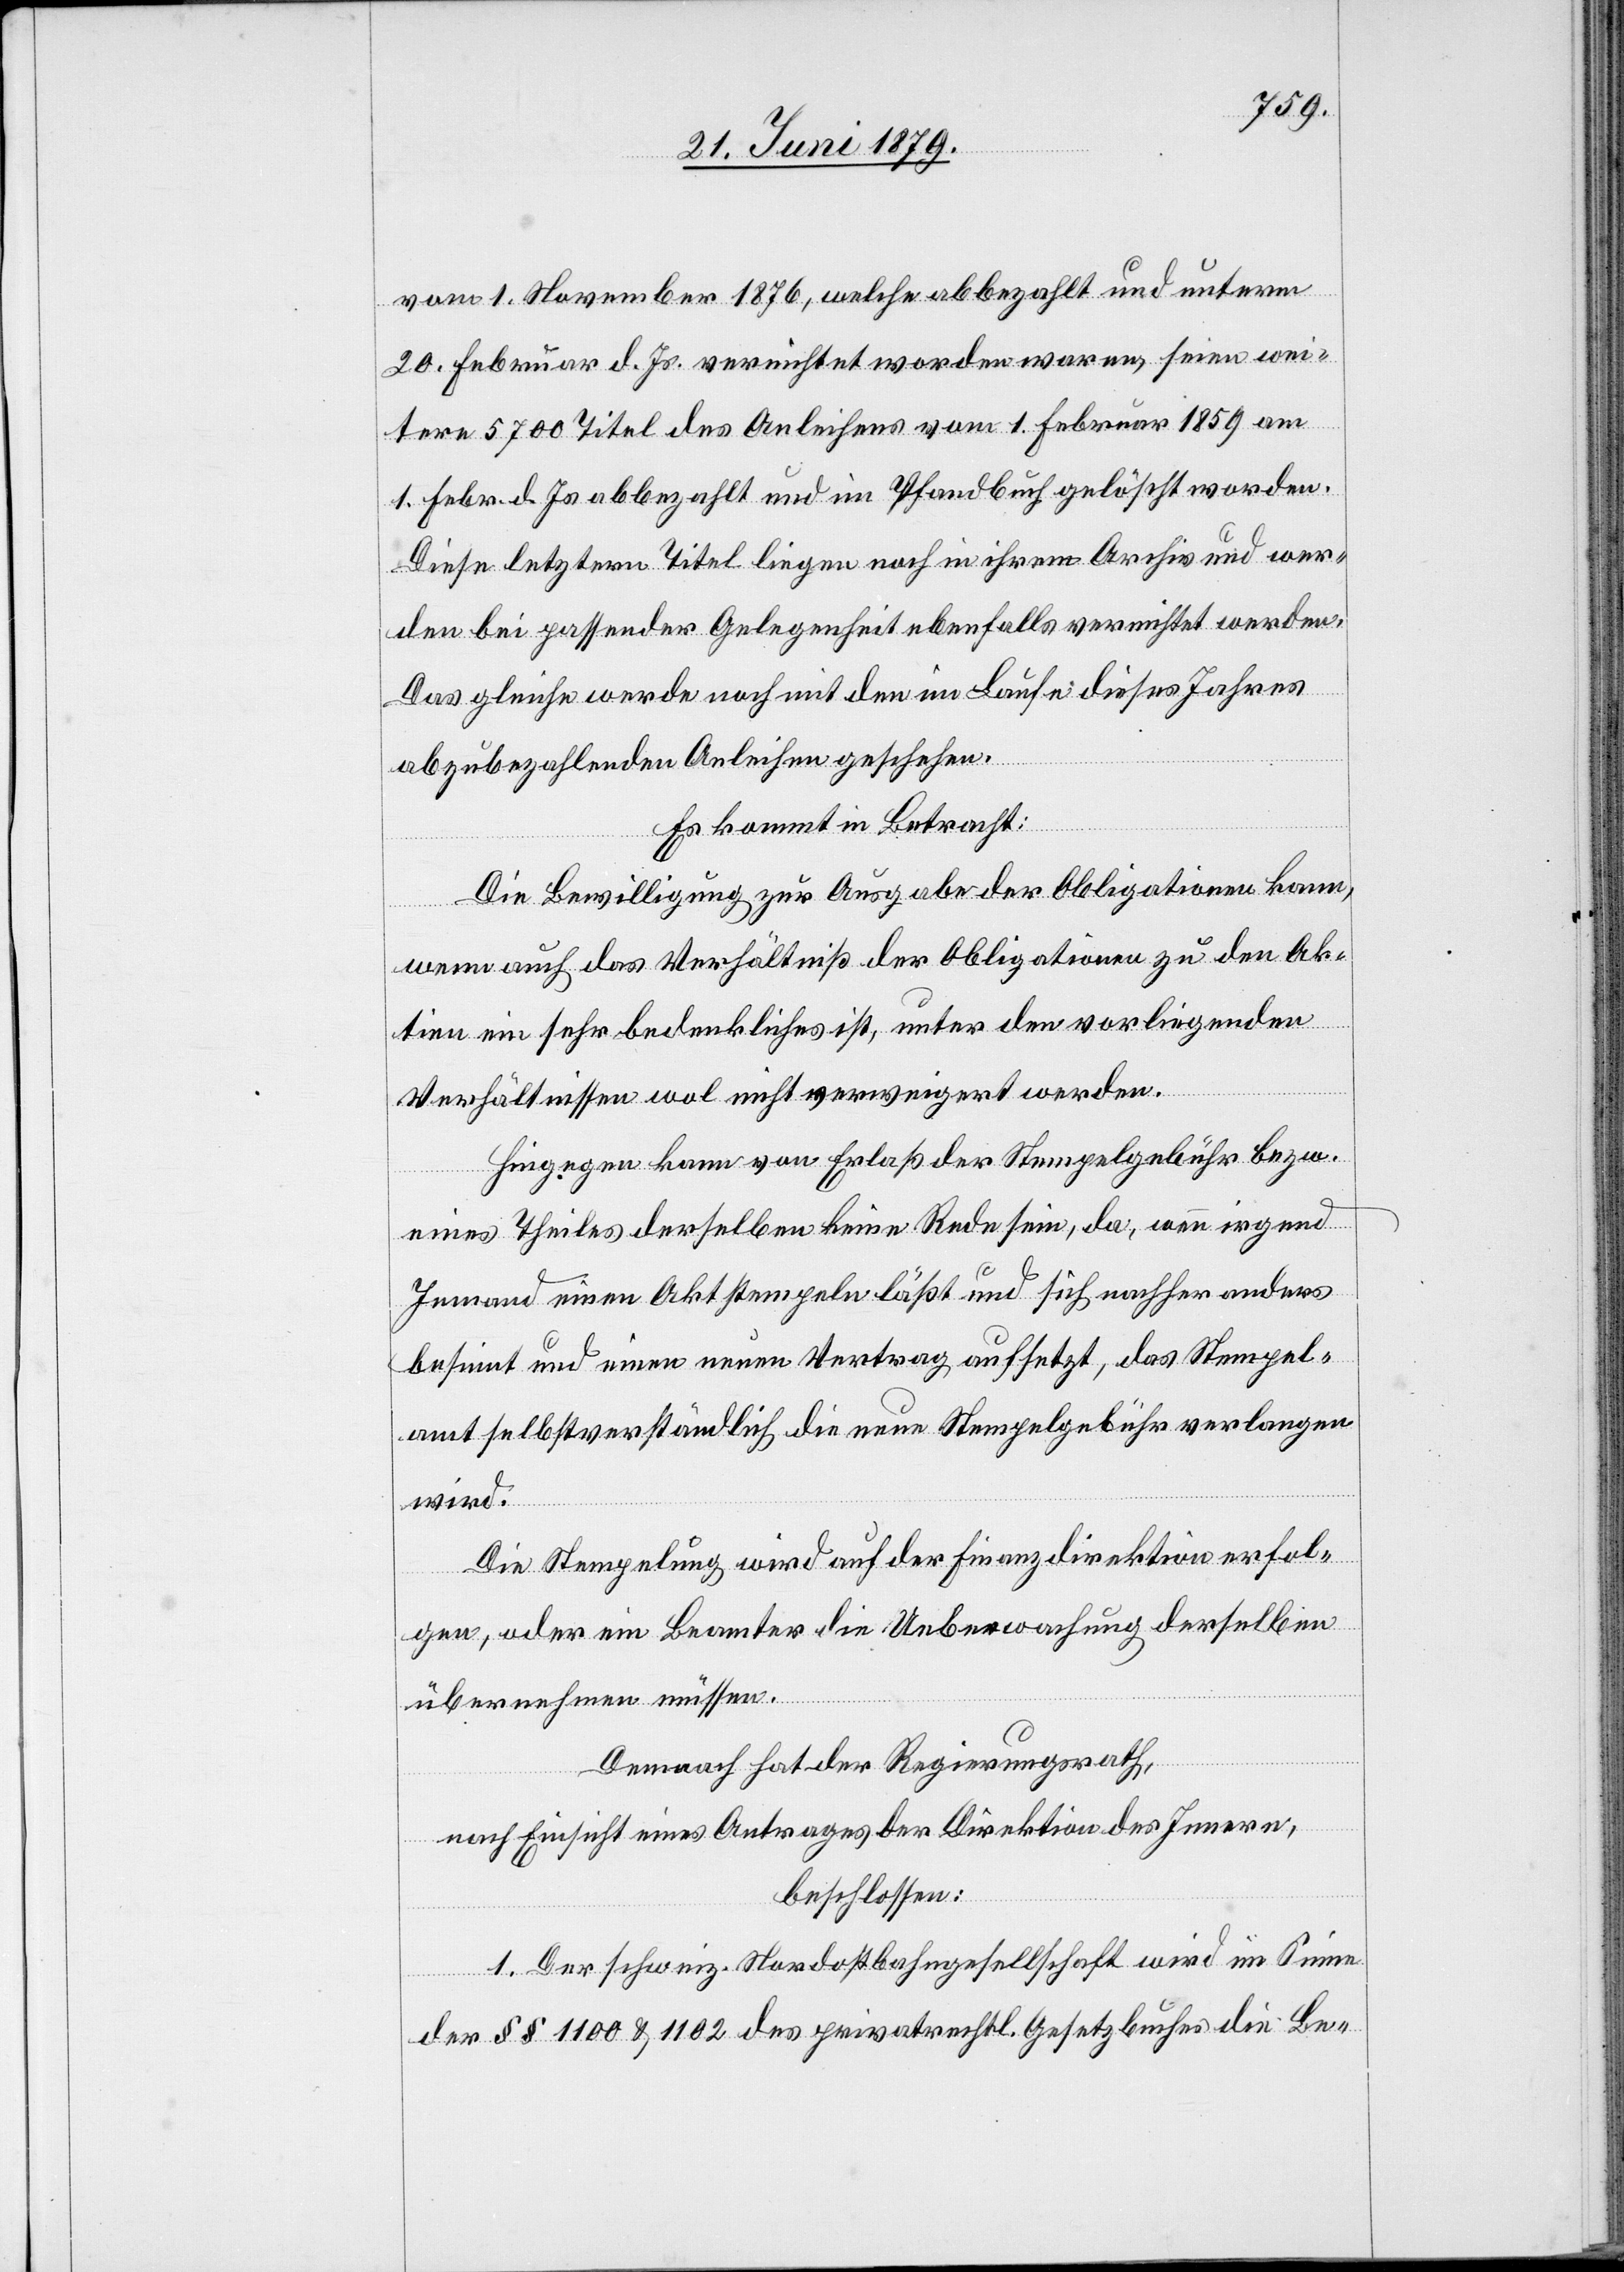
vom 1. November 1876, welche abbezahlt und unterm
20. Februar d. Js. vernichtet worden waren, seien wei¬
tere 5700 Titel des Anleihens vom 1. Februar 1859 am
1. Febr. d. Js. abbezahlt und im Pfandbuch gelöscht worden.
Diese letztern Titel liegen noch in ihrem Archiv und wer¬
den bei passender Gelegenheit ebenfalls vernichtet werden.
Das gleiche werde noch mit den im Laufe dieses Jahres
abzubezahlenden Anleihen geschehen.
Es kommt in Betracht:
Die Bewilligung zur Ausgabe der Obligationen kann,
wenn auch das Verhältniß der Obligationen zu den Ak¬
tien ein sehr bedenkliches ist, unter den vorliegenden
Verhältnissen wol nicht verweigert werden.
Hingegen kann von Erlaß der Stempelgebühr bezw.
eines Theiles derselben keine Rede sein, da, wenn irgend
Jemand einen Akt stempeln läßt und sich nachher anders
besinnt und einen neuen Vertrag aufsetzt, das Stempel¬
amt selbstverständlich die neue Stempelgebühr verlangen
wird.
Die Stempelung wird auf der Finanzdirektion erfol¬
gen, oder ein Beamter die Ueberwachung derselben
übernehmen müssen.
Demnach hat der Regierungsrath,
nach Einsicht eines Antrages der Direktion des Innern,
beschlossen:
1. Der schweiz. Nordostbahngesellschaft wird im Sinne
der §§ 1100 & 1102 des privatrechtl. Gesetzbuches die Be-